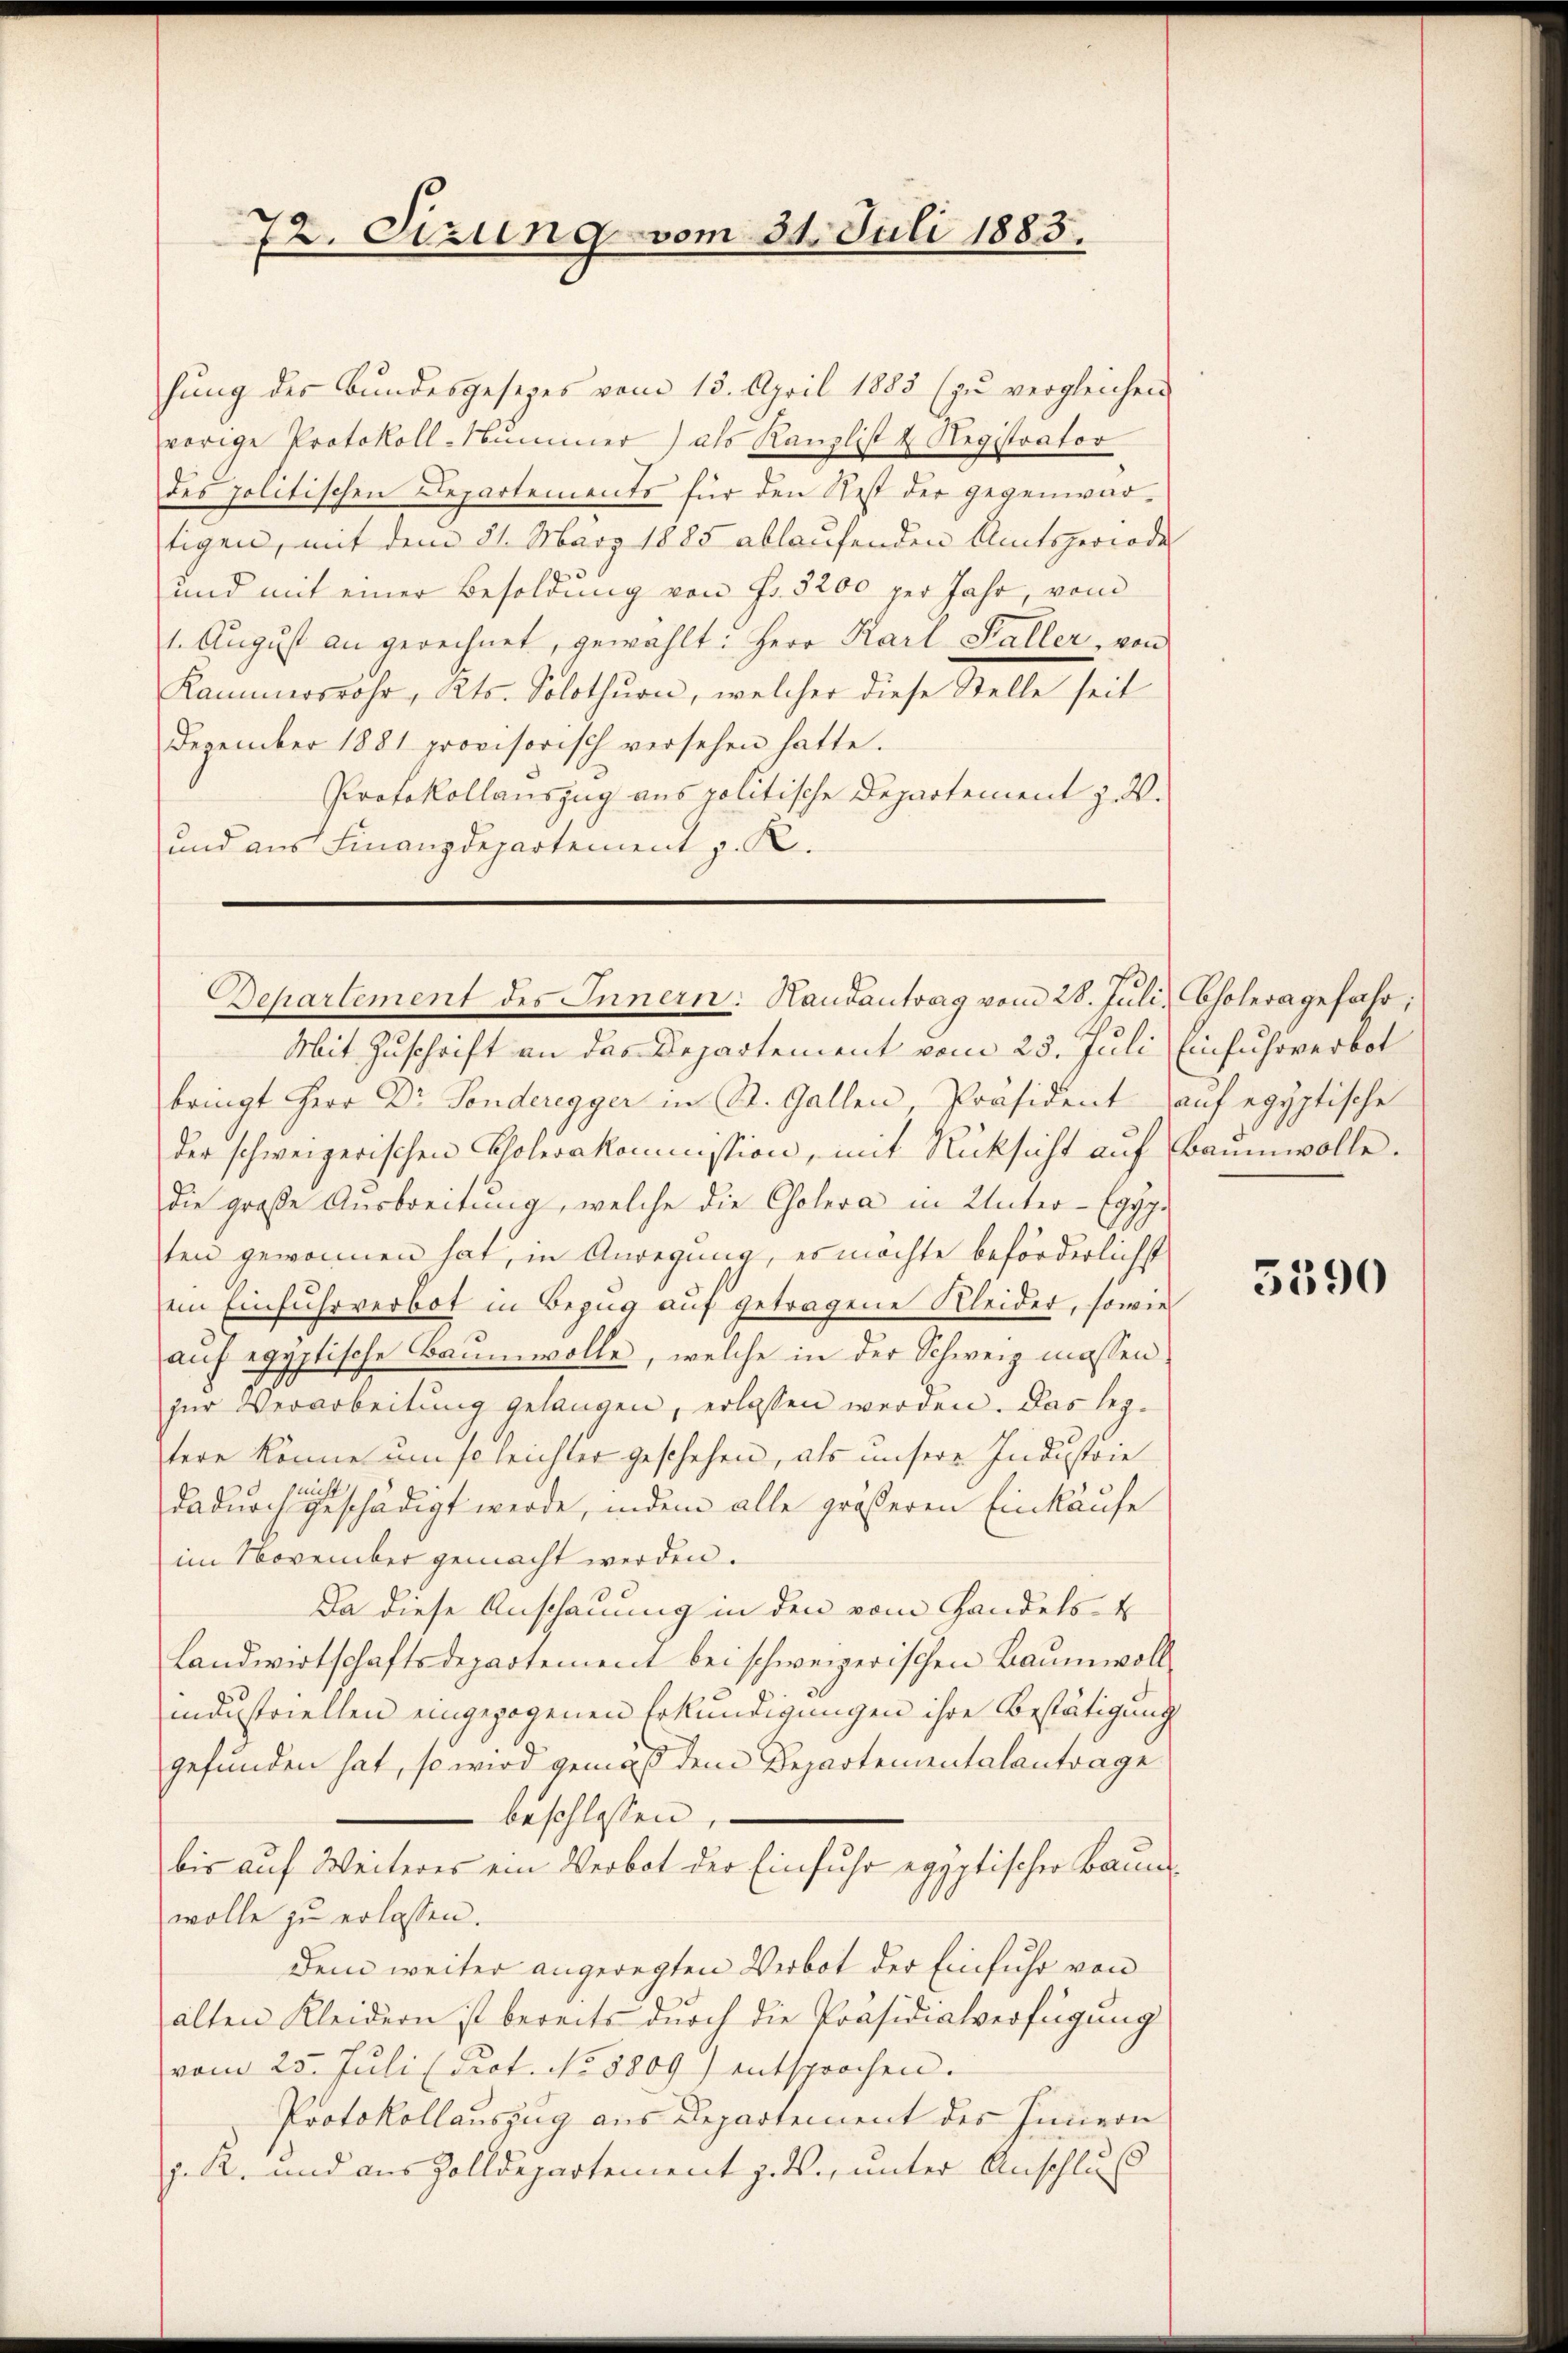
72. Sizung vom 31. Juli 1883.

hŭng der Bŭndesgesezes vom 13. April 1885 (zŭ vergleichen
vorige Protokoll-Nummer) als Kanzlist & Registrator
des politischen Departements für den Rest der gegenwärtigen, mit dem 21. März 1885 ablaufenden Amtsperiode
und mit einer Besoldung von Fr. 5200 per Jahr, vom
1. Aŭgŭst an gerechnet, gewählt: Herr Karl Haller, von
Kammerssohr, Kts. Solothurn, welcher diese Stelle seit
Dezember 1881 provisorisch versehen hatte.
Protokollauszug aus politische Departement z. V.
und aus Finanzdepartement z. R.

Departement des Innern: Handantrag vom 28. Juli, Choleragefahr,

Mit Zuschrift an das Departement vom 23. Juli (Einfuhrverbot
bringt Herr Dr. Sonderegger in St. Gallen Präsident auf egyptische
der schweizerischen Cholerakommission, mit Rücksicht auf Baumwolle.
die große Ausbreitung, welche die Cholera in Unter-Eggg.
ten gewonnen hat, in Anregung, es möchte beförderlichst
im Einfuhrverbot in Bezug auf getragene Kleider, sowie
aŭf egyptische Baumwolle, welche in der Schweiz massen.
zur Verarbeitung gelangen, erlassen werden. Das leztere könne um so leichter geschehen, als unsere Industrie
ncht
dadurch geschädigt werde, indem alle größeren Einkäufe
im November gemacht werden.
Da diese Anschauung in den vom Handels- &
Landwirtschaftsdepartement bei schweizerischen Baumwoll
industriellen eingezogenen Erkundigungen ihre Bestätigung
gefunden hat, so wird gemäß dem Departementalantrage
beschlossen,
bis auf Weiteres ein Verbot der Einfuhr egyptischer Baumwolle zu erlassen.
Dem weiter angeregten Verbot der Einfuhr von
alten Kleidern ist bereits durch die Präsidialverfügung
vom 25. Juli (Prot. No 8809) entsprochen.
Protokollauszug aus Departement des Innern
J. K. und aus Zolldepartement z. d. unter Anschluß

5390